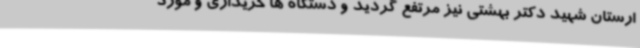
ارستان شهید دکتر بهشتی نیز مرتفع گردید و دستگاه ها خریداری و مورد